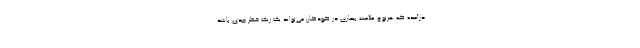
درآمده که هرنوع علامت بیماری در کودکان می‌تواند یک زنگ خطر جدی باشد.